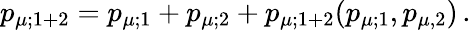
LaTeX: p_{\mu;1+2}=p_{\mu;1}+p_{\mu;2}+p_{\mu;1+2}(p_{\mu;1},p_{\mu,2})\, .